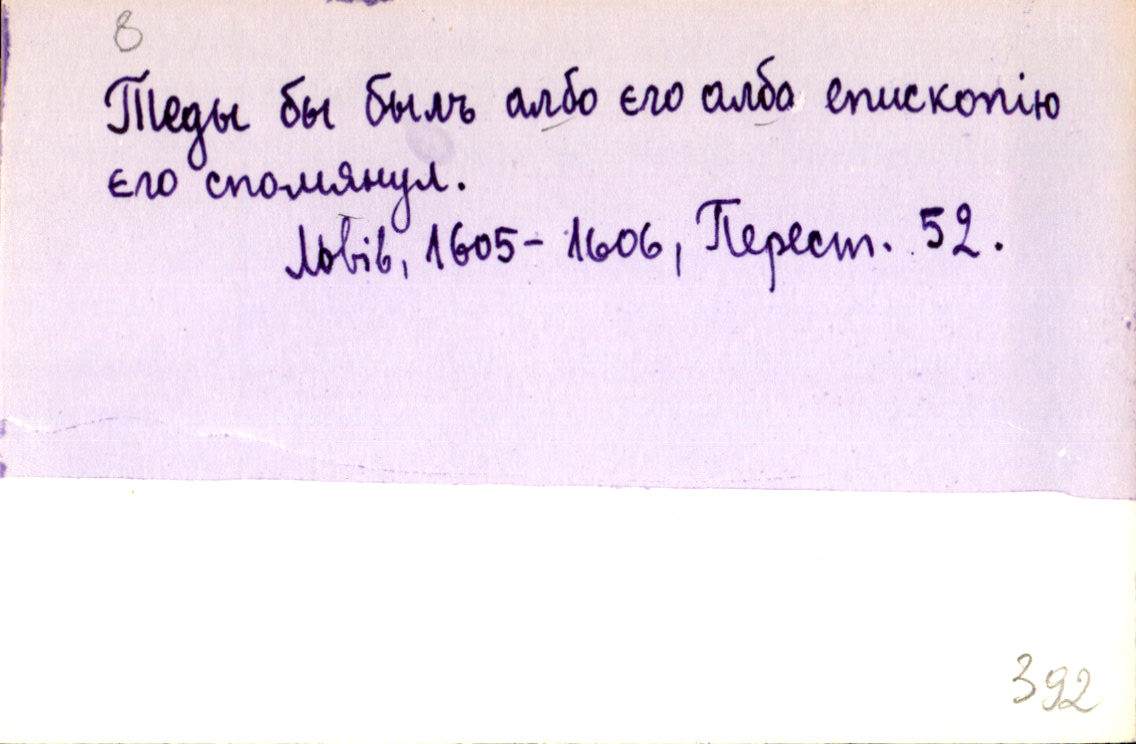
Теды бы былъ албо єго албо епископію
єго спомянул.
Львів, 1605-1606, Перест. 52.